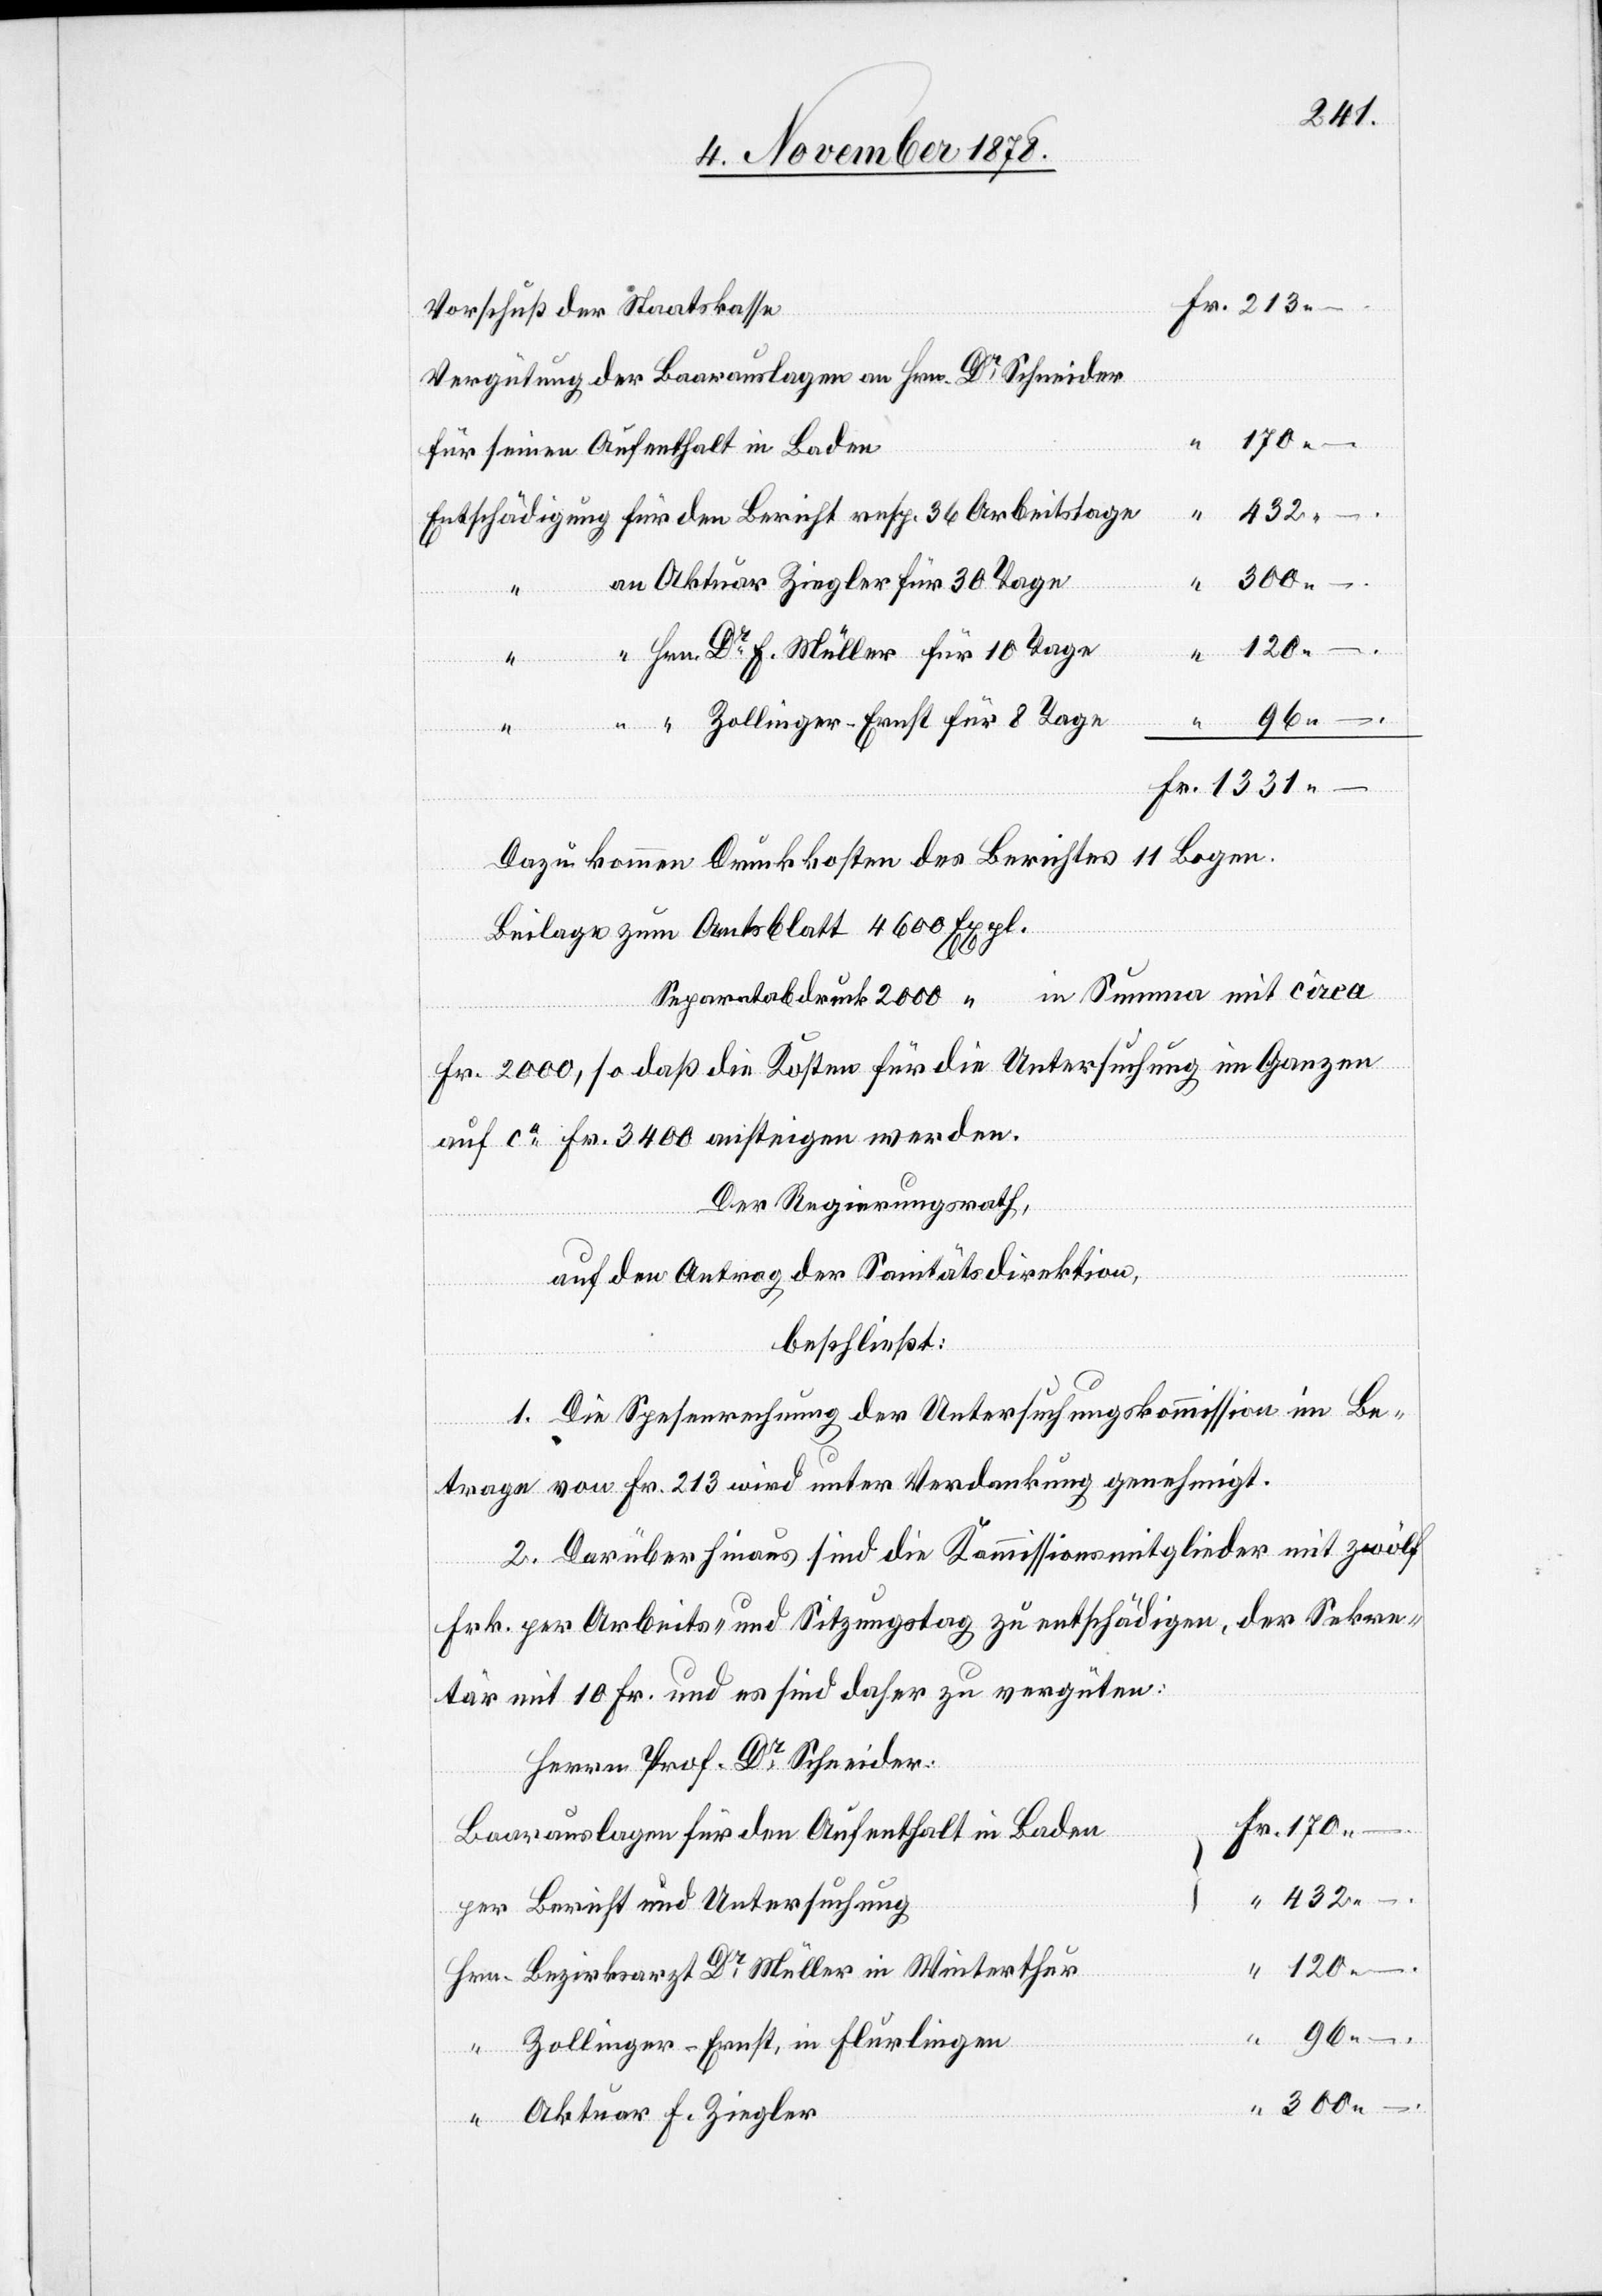
Vorschuß der Staatskasse
Vergütung der Baarauslagen an Hrn. Dr Schneider
120.–
für seinen Aufenthalt in Baden
Entschädigung für den Bericht resp. 36 Arbeitstage
an Aktuar Ziegler für 30 Tage
“ Hrn. Dr E. Müller für 10 Tage
96.–
“
“
“ “ Zollinger-Ernst für 8 Tage
Dazu kommen Druckkosten des Berichtes 11 Bogen.
Beilage zum Amtsblatt 4600 Expl.
Separatabdruck 2000 “ in Summa mit circa
Fr. 2000, so daß die Kosten für die Untersuchung im Ganzen
auf ca Fr. 3400 ansteigen werden.
Der Regierungsrath,
auf den Antrag der Sanitätsdirektion,
beschließt:
1. Die Spesenrechnung des Untersuchungskommission im Be¬
trage von Fr. 213 wird unter Verdankung genehmigt.
2. Darüber hinaus sind die Kommissionsmitglieder mit zwölf
Frk. per Arbeits- und Sitzungstag zu entschädigen, der Sekre¬
tär mit 10 Fr. und es sind daher zu vergüten:
Herrn Prof. Dr Schneider:
Baarauslagen für den Aufenthalt in Baden
432.–
per Bericht und Untersuchung
Hrn. Bezirksarzt Dr Müller in Winterthur
Fr.
“ Zollinger-Ernst, in Flurlingen
300.–
“ Aktuar F. Ziegler